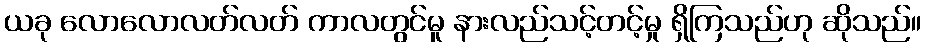
ယခု လောလောလတ်လတ် ကာလတွင်မူ နားလည်သင့်တင့်မှု ရှိကြသည်ဟု ဆိုသည်။